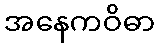
အနေကဝိဓာ